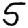
Digit: 5